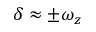
\delta \approx \pm \omega _ { z }